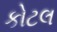
કોટલ